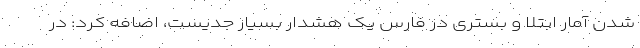
شدن آمار ابتلا و بستری در فارس یک هشدار بسیار جدیست، اضافه کرد: در